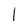
Character: 1